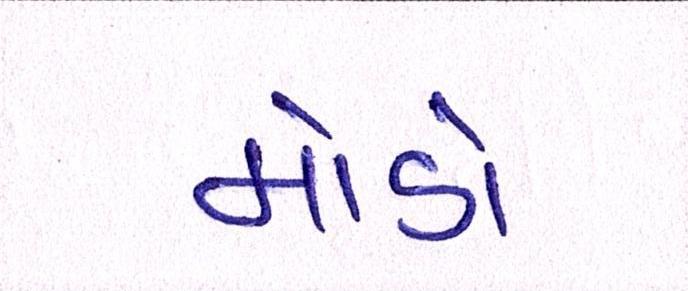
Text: મોડો